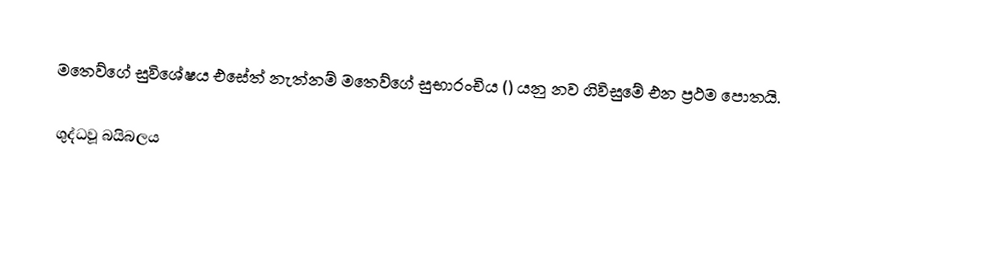
මතෙව්ගේ සුවිශේෂය එසේත් නැත්නම් මතෙව්ගේ සුභාරංචිය () යනු නව ගිවිසුමේ එන ප්‍රථම පොතයි.

ශුද්ධවූ බයිබලය